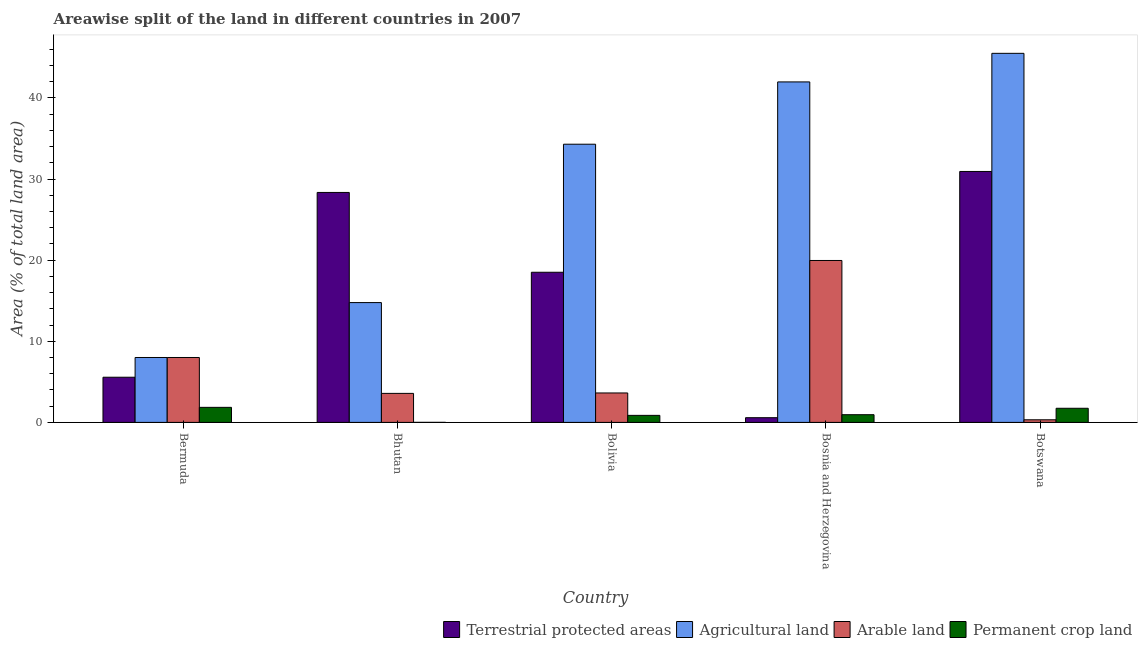
| Country | Terrestrial protected areas | Agricultural land | Arable land | Permanent crop land |
 | --- | --- | --- | --- | --- |
 | Bermuda | 5.57 | 8 | 8 | 1.86 |
 | Bhutan | 28.3 | 14.8 | 3.58 | 0.00353 |
 | Bolivia | 18.5 | 34.3 | 3.63 | 0.867 |
 | Bosnia and Herzegovina | 0.58 | 42 | 20 | 0.949 |
 | Botswana | 30.9 | 45.5 | 0.321 | 1.74 |